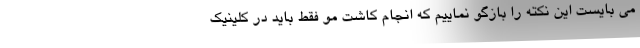
می بایست این نکته را بازگو نماییم که انجام کاشت مو فقط باید در کلینیک